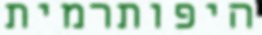
היפותרמית